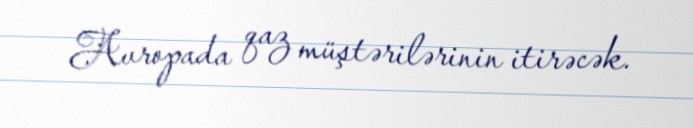
Avropada qaz müştərilərinin itirəcək.